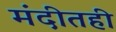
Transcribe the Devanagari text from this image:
मंदीतही